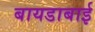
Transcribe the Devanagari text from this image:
बायडाबाई